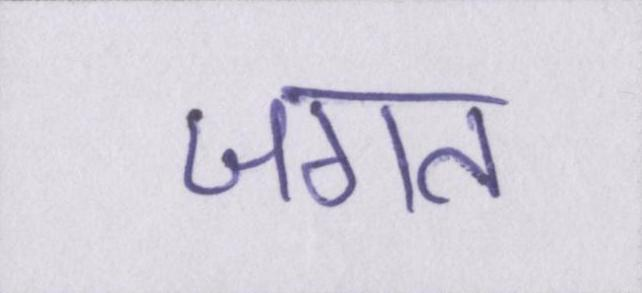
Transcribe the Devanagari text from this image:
जगत